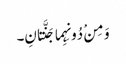
وَ مِنْ دُونِہِما جَنَّتانِ۔